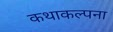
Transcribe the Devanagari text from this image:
कथाकल्पना